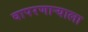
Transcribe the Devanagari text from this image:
वापरणाऱ्याला